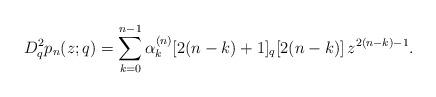
LaTeX: \begin{align*}D_{q}^{2}p_n(z;q)= \sum_{k=0}^{n-1} \alpha_k^{(n)} [2(n-k)+1]_q[2(n-k)]\, z^{2(n-k)-1}.\end{align*}